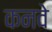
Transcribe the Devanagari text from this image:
कनवे